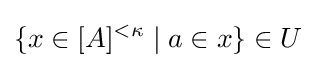
\{x\in [A]^{<\kappa }\mid a\in x\}\in U